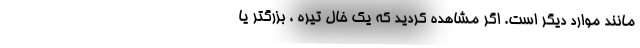
مانند موارد دیگر است. اگر مشاهده کردید که یک خال تیره ، بزرگتر یا